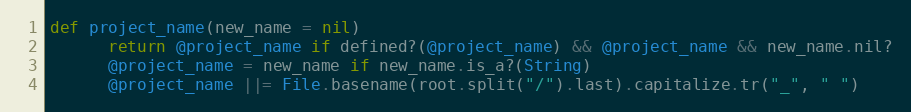
Language: Ruby
def project_name(new_name = nil)
      return @project_name if defined?(@project_name) && @project_name && new_name.nil?
      @project_name = new_name if new_name.is_a?(String)
      @project_name ||= File.basename(root.split("/").last).capitalize.tr("_", " ")